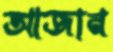
আজান